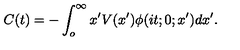
C ( t ) = - \int _ { o } ^ { \infty } x ^ { \prime } V ( x ^ { \prime } ) \phi ( i t ; 0 ; x ^ { \prime } ) d x ^ { \prime } .